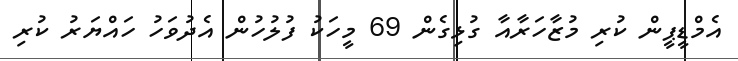
އެމްޑީޕީން ކުރި މުޒާހަރާއާ ގުޅިގެން 69 މީހަކު ފުލުހުން އެދުވަހު ހައްޔަރު ކުރި